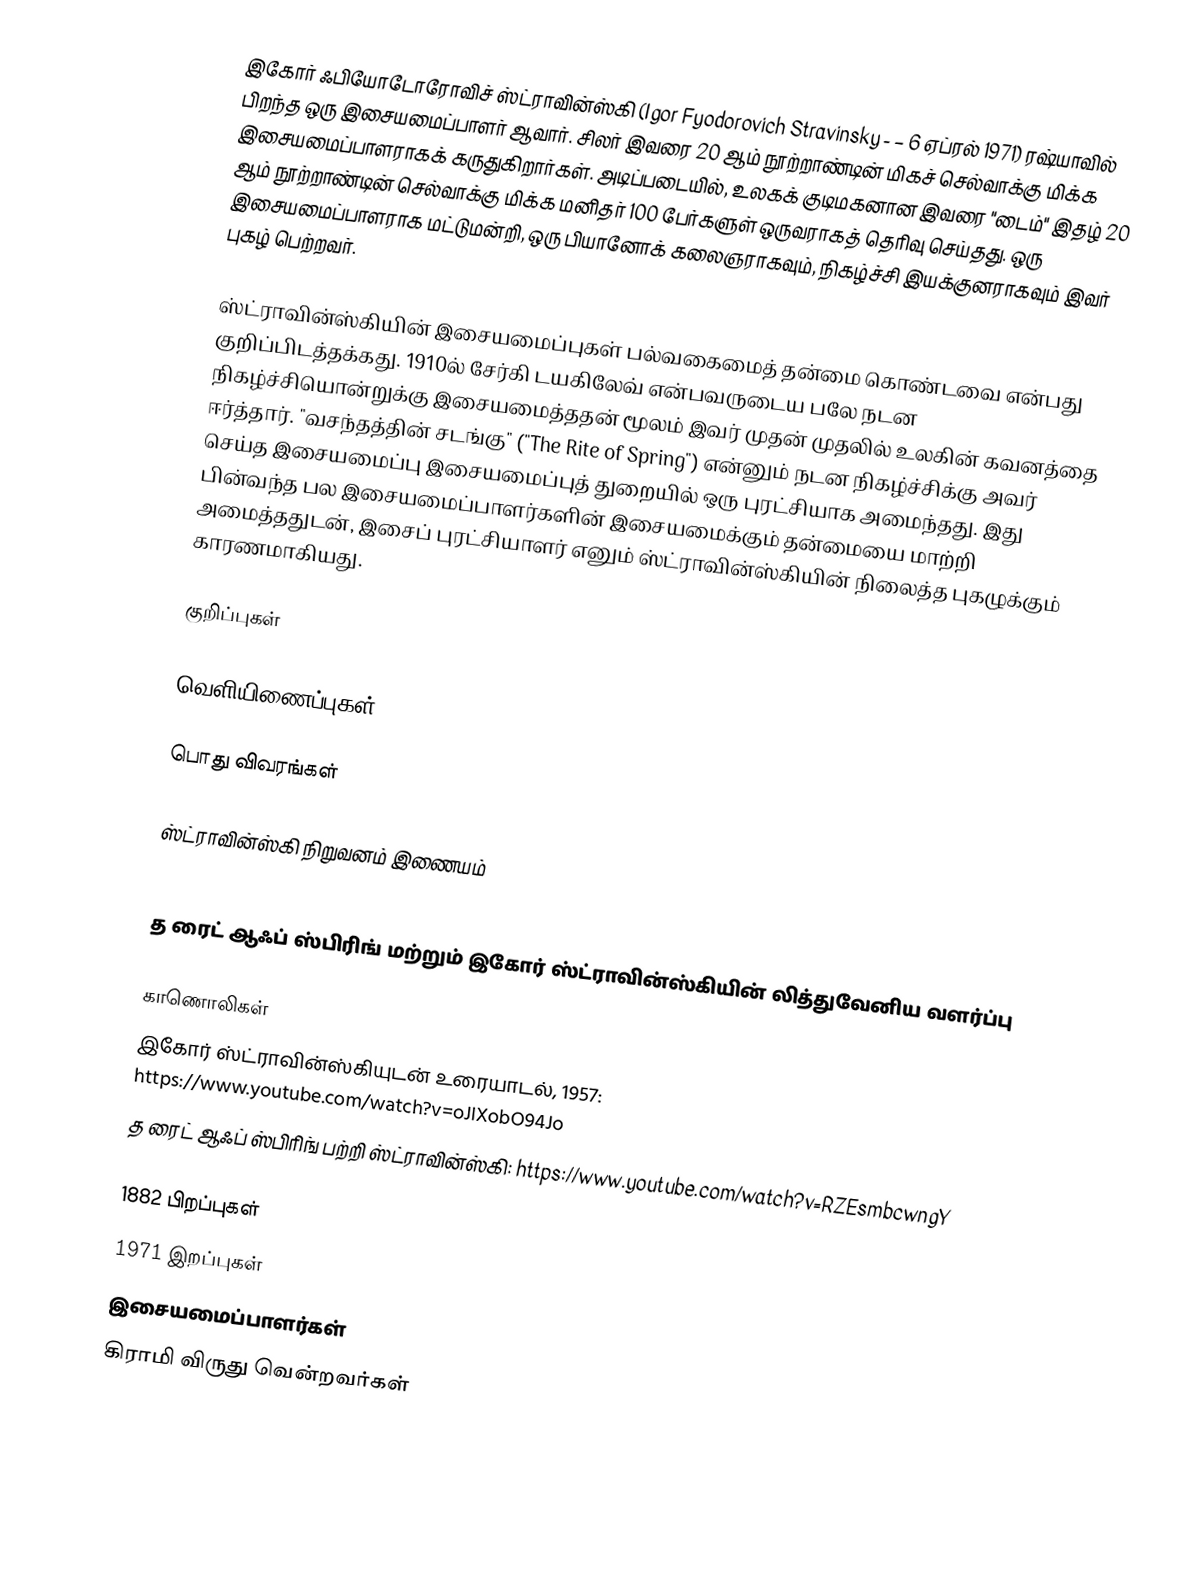
இகோர் ஃபியோடோரோவிச் ஸ்ட்ராவின்ஸ்கி (Igor Fyodorovich Stravinsky -  – 6 ஏப்ரல் 1971) ரஷ்யாவில் பிறந்த ஒரு இசையமைப்பாளர் ஆவார். சிலர் இவரை 20 ஆம் நூற்றாண்டின் மிகச் செல்வாக்கு மிக்க இசையமைப்பாளராகக் கருதுகிறார்கள். அடிப்படையில், உலகக் குடிமகனான இவரை "டைம்" இதழ் 20 ஆம் நூற்றாண்டின் செல்வாக்கு மிக்க மனிதர் 100 பேர்களுள் ஒருவராகத் தெரிவு செய்தது. ஒரு இசையமைப்பாளராக மட்டுமன்றி, ஒரு பியானோக் கலைஞராகவும், நிகழ்ச்சி இயக்குனராகவும் இவர் புகழ் பெற்றவர்.

ஸ்ட்ராவின்ஸ்கியின் இசையமைப்புகள் பல்வகைமைத் தன்மை கொண்டவை என்பது குறிப்பிடத்தக்கது. 1910ல் சேர்கி டயகிலேவ் என்பவருடைய பலே நடன நிகழ்ச்சியொன்றுக்கு இசையமைத்ததன் மூலம் இவர் முதன் முதலில் உலகின் கவனத்தை ஈர்த்தார். "வசந்தத்தின் சடங்கு" ("The Rite of Spring") என்னும் நடன நிகழ்ச்சிக்கு அவர் செய்த இசையமைப்பு இசையமைப்புத் துறையில் ஒரு புரட்சியாக அமைந்தது. இது பின்வந்த பல இசையமைப்பாளர்களின் இசையமைக்கும் தன்மையை மாற்றி அமைத்ததுடன், இசைப் புரட்சியாளர் எனும் ஸ்ட்ராவின்ஸ்கியின் நிலைத்த புகழுக்கும் காரணமாகியது.

குறிப்புகள்

வெளியிணைப்புகள்

பொது விவரங்கள்

 ஸ்ட்ராவின்ஸ்கி நிறுவனம் இணையம்

 த ரைட் ஆஃப் ஸ்பிரிங் மற்றும் இகோர் ஸ்ட்ராவின்ஸ்கியின் லித்துவேனிய வளர்ப்பு

காணொலிகள்
 இகோர் ஸ்ட்ராவின்ஸ்கியுடன் உரையாடல், 1957: https://www.youtube.com/watch?v=oJIXobO94Jo
 த ரைட் ஆஃப் ஸ்பிரிங் பற்றி ஸ்ட்ராவின்ஸ்கி: https://www.youtube.com/watch?v=RZEsmbcwngY

1882 பிறப்புகள்
1971 இறப்புகள்
இசையமைப்பாளர்கள்
கிராமி விருது வென்றவர்கள்